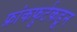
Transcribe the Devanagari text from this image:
फ्रांकफुर्टकडून